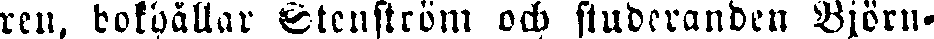
ren, bokhållar Stenström och studeranden Björn-